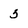
Character: 5